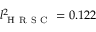
l _ { \mathrm { ~ H ~ R ~ S ~ C ~ } } ^ { 2 } = 0 . 1 2 2